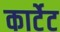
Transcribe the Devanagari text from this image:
कार्टेट